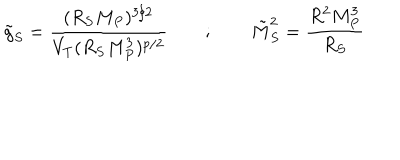
LaTeX: \tilde { g } _ { S } = { \frac { ( R _ { S } M _ { P } ) ^ { 3 / 2 } } { V _ { T } ( R _ { S } M _ { P } ^ { 3 } ) ^ { p / 2 } } } ~ ~ ; ~ ~ \tilde { M } _ { S } ^ { 2 } = { \frac { R ^ { 2 } M _ { P } ^ { 3 } } { R _ { S } } }